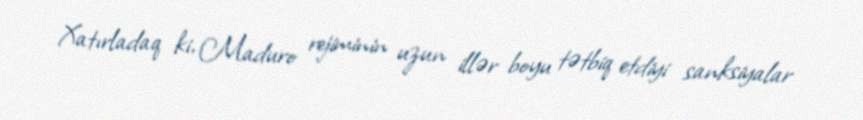
Xatırladaq ki, Maduro rejiminin uzun illər boyu tətbiq etdiyi sanksiyalar